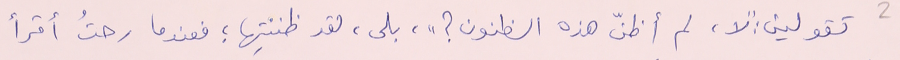
تقولين : "لا، لم أظنّ هذه الظنون ؟"، بلى، لقد ظننتِها ؛ فعندما رحتُ أقرأ